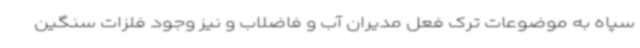
سپاه به موضوعات ترک فعل مدیران آب و فاضلاب و نیز وجود فلزات سنگین